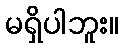
မရှိပါဘူး။